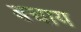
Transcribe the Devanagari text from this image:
बचाय